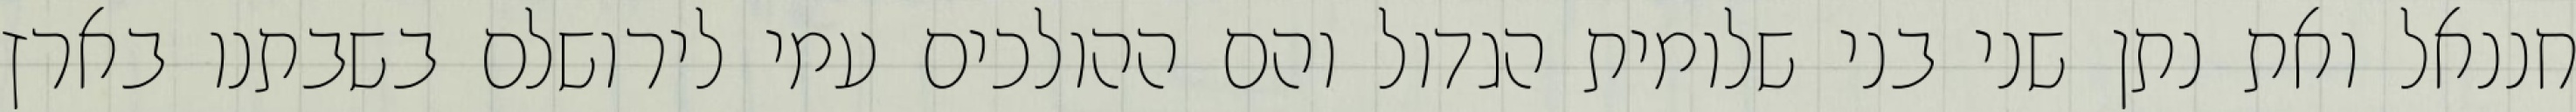
חננאל ואת נתן שני בני שלומית הגדול והם ההולכים עמי לירושלם בשבתנו בארץ